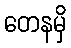
တေနမှိ